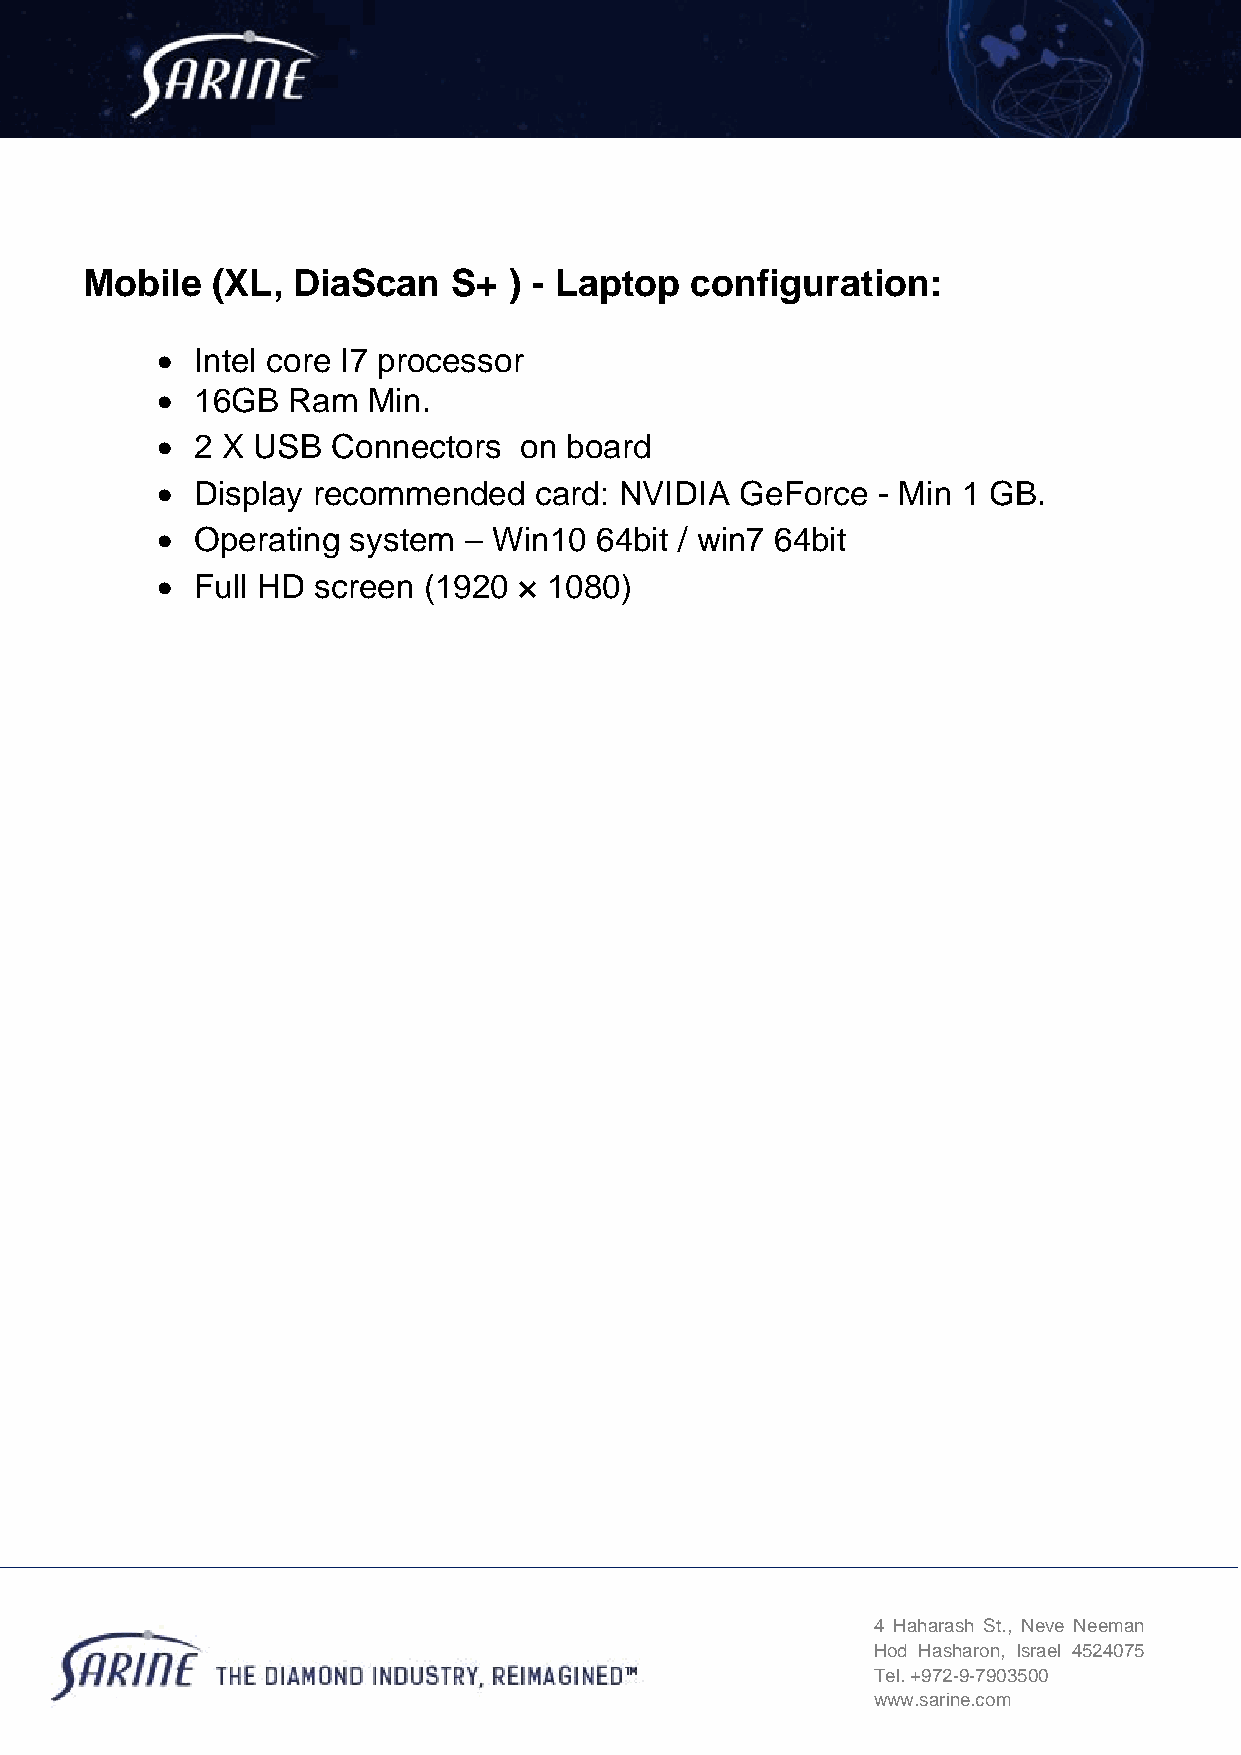
Mobile   (XL, DiaScan    S+  ) - Laptop  configuration:
 •  Intel core I7 processor
 •  16GB  Ram  Min.
 •  2 X USB  Connectors  on board
 •  Display recommended   card: NVIDIA  GeForce  - Min 1 GB.
 •  Operating system  – Win10 64bit / win7 64bit
 •  Full HD screen (1920 × 1080)
 4 Haharash St., Neve Neeman
 Hod Hasharon, Israel 4524075
 Tel. +972-9-7903500
 www.sarine.com